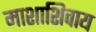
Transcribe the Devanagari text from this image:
माशाशिवाय